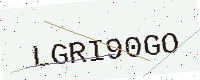
Text: LGRI90GO